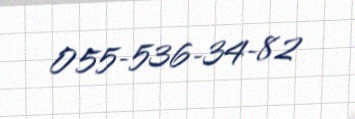
055-536-34-82